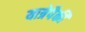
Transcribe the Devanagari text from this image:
यात्रेपैकी